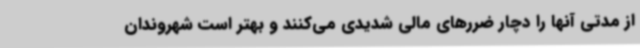
از مدتی آنها را دچار ضررهای مالی شدیدی می‌کنند و بهتر است شهروندان